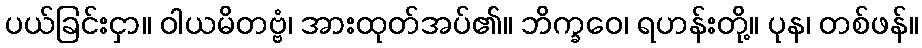
ပယ်ခြင်းငှာ။ ဝါယမိတဗ္ဗံ၊ အားထုတ်အပ်၏။ ဘိက္ခဝေ၊ ရဟန်းတို့။ ပုန၊ တစ်ဖန်။